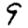
Digit: 9